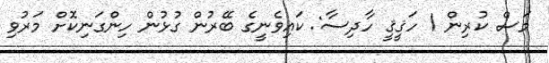
މަސް ކުރިން 1 ހަޤީޤީ ހާދިސާ: ކައިވެނީގެ ބޭރުން ގުޅުން ހިންގަނިކޮށް މަރުވި